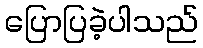
ပြောပြခဲ့ပါသည်